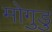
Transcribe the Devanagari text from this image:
मोगुडु